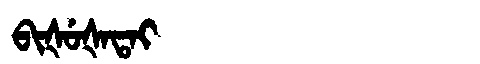
Manchu: ᠪᡳᡧᡠᡧᠠᡨᠠᡳ
Romanization: BIŠUŠATAI